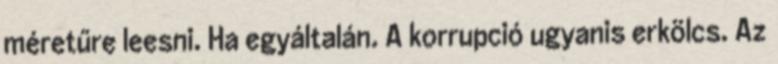
méretűre leesni. Ha egyáltalán. A korrupció ugyanis erkölcs. Az